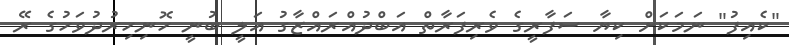
"ކެއިފު" ނަމަކަށް ކިޔާ ސަފާރީގެ ވެރިފަރާތް އަބްދުއްރައްޒާގު އަލީ ބުނީ ހޮނިހިރުދުވަހުގެ ރޭ